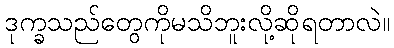
ဒုက္ခသည်တွေကိုမသိဘူးလို့ဆိုရတာလဲ။